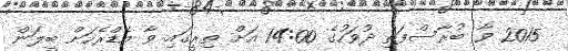
2015 ވާ ބުރާސްފަތި ދުވަހުގެ 14:00 އަށް ތިރީގައި ވާ އެޑްރެހަށް ބީލަން